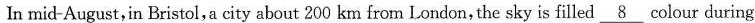
In mid-August,in Bristol,a city about 200 km from London,the sky is filled \underline{8} colour during